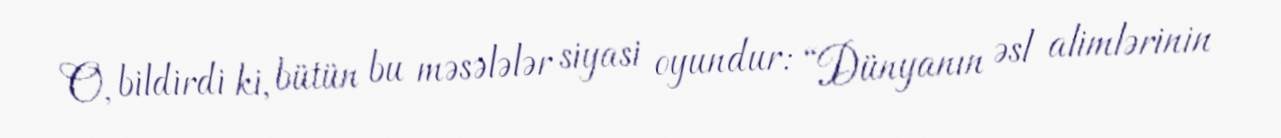
O, bildirdi ki, bütün bu məsələlər siyasi oyundur: “Dünyanın əsl alimlərinin